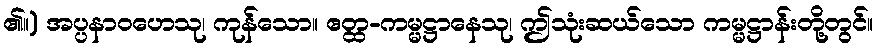
၏။) အပ္ပနာဝဟေသု၊ ကုန်သော။ ဧတ္ထ-ကမ္မဋ္ဌာနေသု၊ ဤသုံးဆယ်သော ကမ္မဋ္ဌာန်းတို့တွင်။